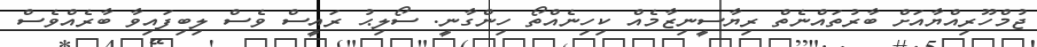
ޖުމްހޫރިއްޔާއަށް ބާރުތައްނެތް ރިޔާސީނިޒާމެއް ކިހިނެއްތޯ ހިންގާނީ. ސޯލިޙު ރައީސް ވެސް ލިބިފައިވާ ބާރެއްވެސް